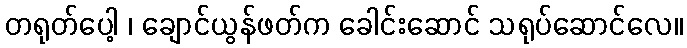
တရုတ်ပေါ့ ၊ ချောင်ယွန်ဖတ်က ခေါင်းဆောင် သရုပ်ဆောင်လေ။